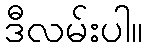
ဒီလမ်းပါ။